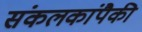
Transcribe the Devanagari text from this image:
संकलकांपैकी